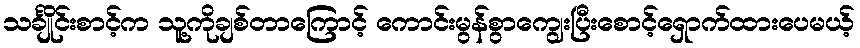
သင်္ချိုင်းစာင့်က သူ့ကိုချစ်တာကြောင့် ကောင်းမွန်စွာကျွေးပြီးစောင့်ရှောက်ထားပေမယ့်